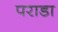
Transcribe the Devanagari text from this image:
पराडा